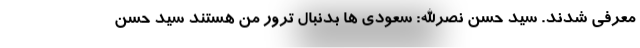
معرفی شدند. سید حسن نصرالله: سعودی ها بدنبال ترور من هستند سید حسن